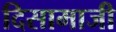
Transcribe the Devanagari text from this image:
दिसामाजी